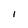
Character: l